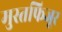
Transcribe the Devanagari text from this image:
मुस्तफिजूर